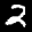
Label: 2